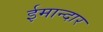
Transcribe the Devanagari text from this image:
ईमान्दार